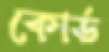
কোর্ড